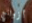
أزواج